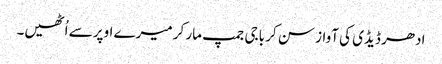
ادھر ڈیڈی کی آواز سن کر باجی جمپ مار کر میرے اوپر سے اُٹھیں۔